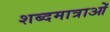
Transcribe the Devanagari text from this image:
शब्दमात्राओं